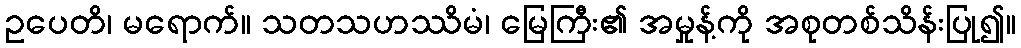
ဥပေတိ၊ မရောက်။ သတသဟဿိမံ၊ မြေကြီး၏ အမှုန့်ကို အစုတစ်သိန်းပြု၍။